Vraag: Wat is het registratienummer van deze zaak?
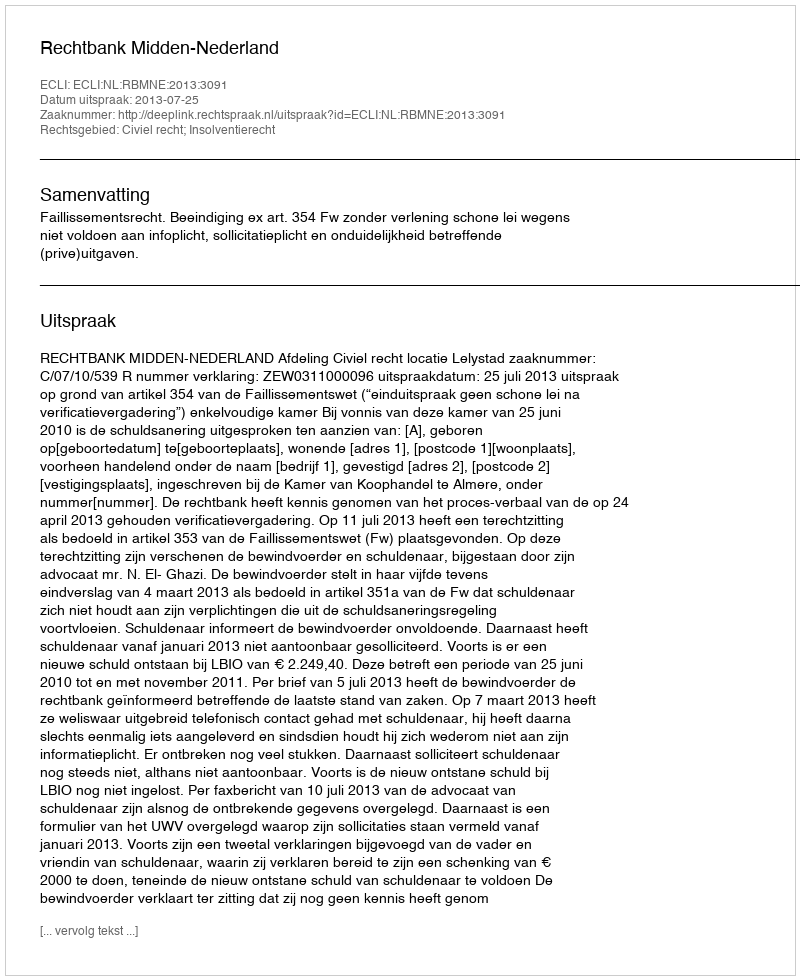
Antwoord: http://deeplink.rechtspraak.nl/uitspraak?id=ECLI:NL:RBMNE:2013:3091